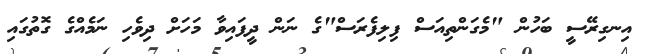
އިނގިރޭސީ ބަހުން "މެގަންތިއަސް ފިލިފެރަސް"ގެ ނަން ދީފައިވާ މަހަށް ދިވެހި ނަމެއްގެ ގޮތުގައި